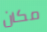
مكان